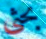
بحثي